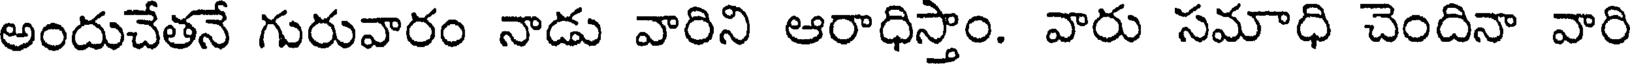
అందుచేతనే గురువారం నాడు వారిని ఆరాధిస్తాం. వారు సమాధి చెందినా వారి